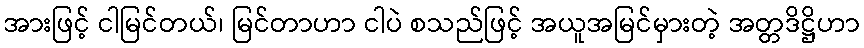
အားဖြင့် ငါမြင်တယ်၊ မြင်တာဟာ ငါပဲ စသည်ဖြင့် အယူအမြင်မှားတဲ့ အတ္တဒိဋ္ဌိဟာ